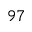
^ { 9 7 }